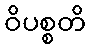
ဝိပစ္စတိ